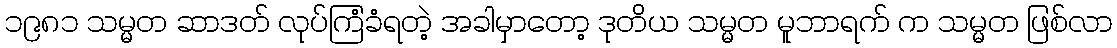
၁၉၈၁ သမ္မတ ဆာဒတ် လုပ်ကြံခံရတဲ့ အခါမှာတော့ ဒုတိယ သမ္မတ မူဘာရက် က သမ္မတ ဖြစ်လာ